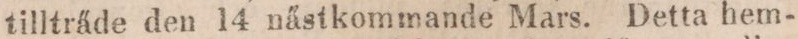
tillträde den 14 nästkommande Mars. Detta hem-